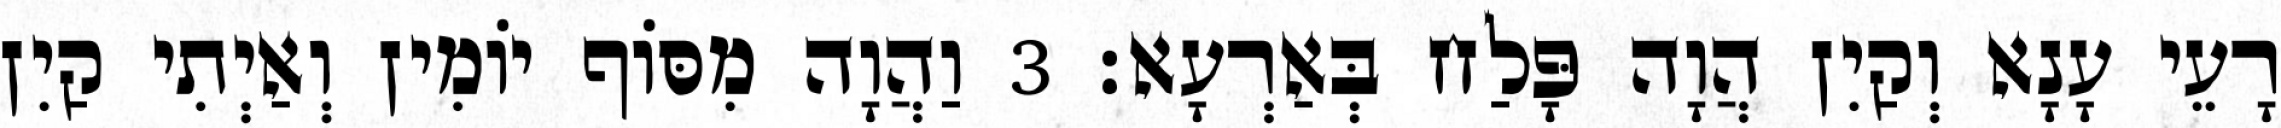
רָעֵי עָנָא וְקַיִן הֲוָה פָּלַח בְּאַרְעָא׃ 3 וַהֲוָה מִסּוֹף יוֹמִין וְאַיְתִי קַיִן